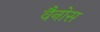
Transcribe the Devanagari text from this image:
वैनोस